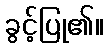
ခွင့်ပြု၏။